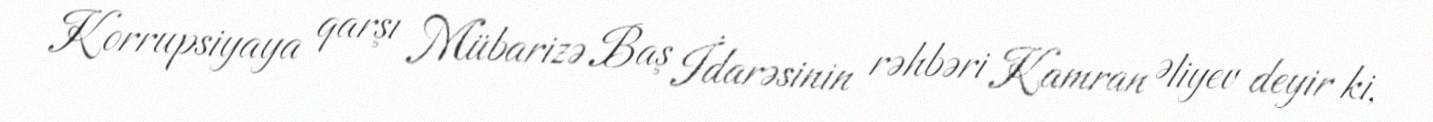
Korrupsiyaya qarşı Mübarizə Baş İdarəsinin rəhbəri Kamran Əliyev deyir ki,